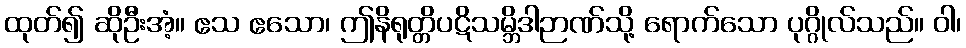
ထုတ်၍ ဆိုဦးအံ့။ ဧသ ဧသော၊ ဤနိရုတ္တိပဋိသမ္ဘိဒါဉာဏ်သို့ ရောက်သော ပုဂ္ဂိုလ်သည်။ ဝါ၊